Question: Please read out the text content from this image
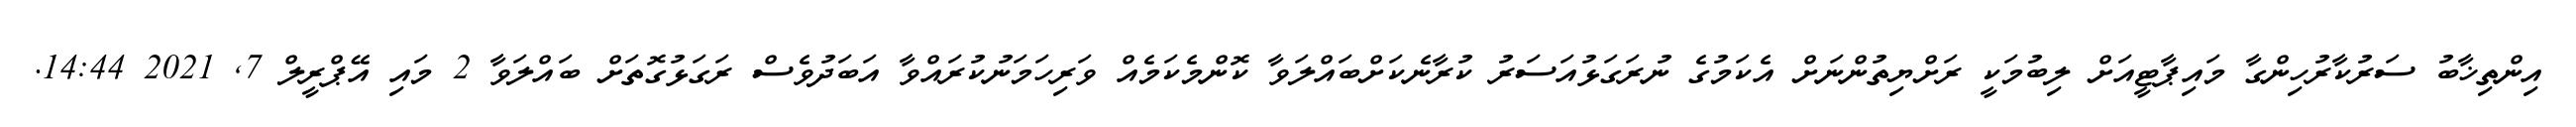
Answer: އިންތިޚާބު ސަރުކާރުހިންގާ މައިޕާޓީއަށް ލިބުމަކީ ރަށްޔިތުންނަށް އެކަމުގެ ނުރަގަޅުއަސަރު ކުރާނެކަށްބައްލަވާ ކޮންމެކަމެއް ވަރިހަމަނުކުރައްވާ އަބަދުވެސް ރަގަޅުގޮތަށް ބައްލަވާ 2 މައި އޭޕްރީލް 7, 2021 14:44.